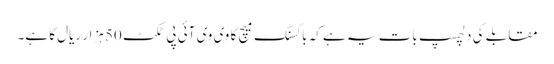
مقابلے کی دلچسپ بات یہ ہے کہ باکسنگ میچ کا وی وی آئی پی ٹکٹ 50 ہزار ریال کا ہے۔